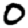
Digit: 0